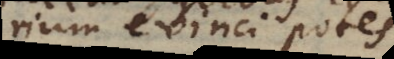
rium evinci potes